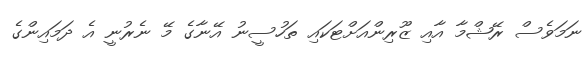
ނަމަވެސް ރޭޝްމާ އާއި ޒޫރިންއަށްޓަކައި ތަހުސީނު އޭނާގެ މޭ ނެރުނީ އެ ދަމައިންގެ